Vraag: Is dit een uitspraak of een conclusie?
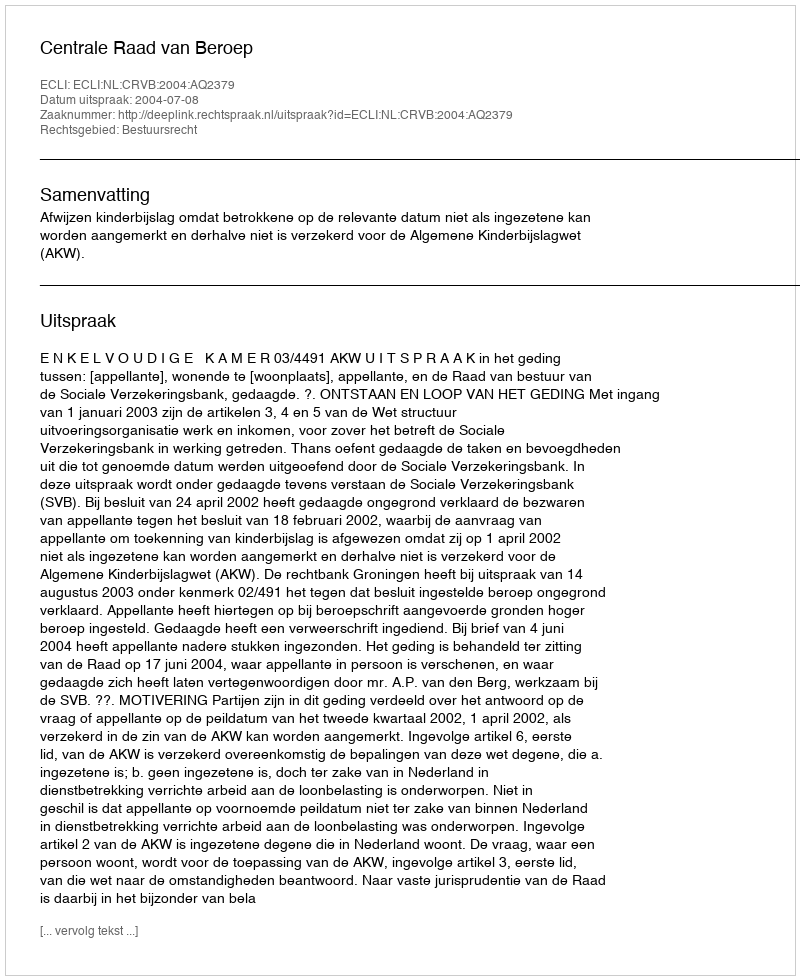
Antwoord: Uitspraak